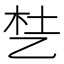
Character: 𬼦